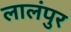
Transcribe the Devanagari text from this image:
लालंपुर